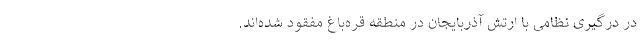
در درگیری نظامی با ارتش آذربایجان در منطقه قره‌باغ مفقود شده‌اند.